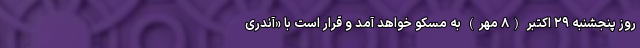
روز پنجشنبه ۲۹ اکتبر (۸ مهر) به مسکو خواهد آمد و قرار است با «آندری